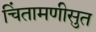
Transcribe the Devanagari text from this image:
चिंतामणीसुत